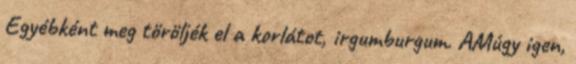
Egyébként meg töröljék el a korlátot, irgumburgum. AMúgy igen,